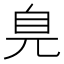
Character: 𦣾